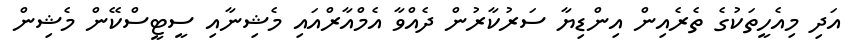
އަދި މިއެހީތަކުގެ ތެރެއިން އިންޑިޔާ ސަރުކާރުން ދެއްވާ އެމްއާރްއައި މެޝިނާއި ސީޓީސްކޭން މެޝިން